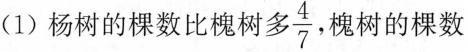
(1)杨树的棵数比槐树多\frac{4}{7},槐树的棵数